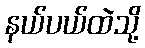
နယ်ပယ်ထဲသို့